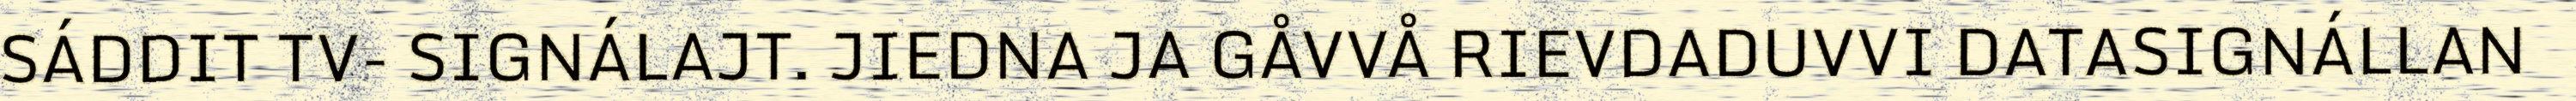
SÁDDIT TV- SIGNÁLAJT. JIEDNA JA GÅVVÅ RIEVDADUVVI DATASIGNÁLLAN